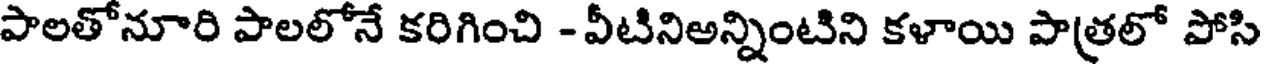
పాలతోనూరి పాలలోనే కరిగించి -వీటినిఅన్నింటిని కళాయి పాత్రలో పోసి